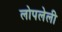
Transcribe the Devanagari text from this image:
लोपलेली